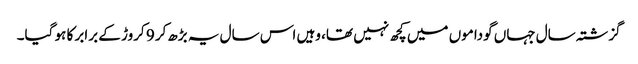
گزشتہ سال جہاں گوداموں میں کچھ نہیں تھا، وہیں اس سال یہ بڑھ‌کر 9 کروڑ کے برابر کا ہو گیا۔